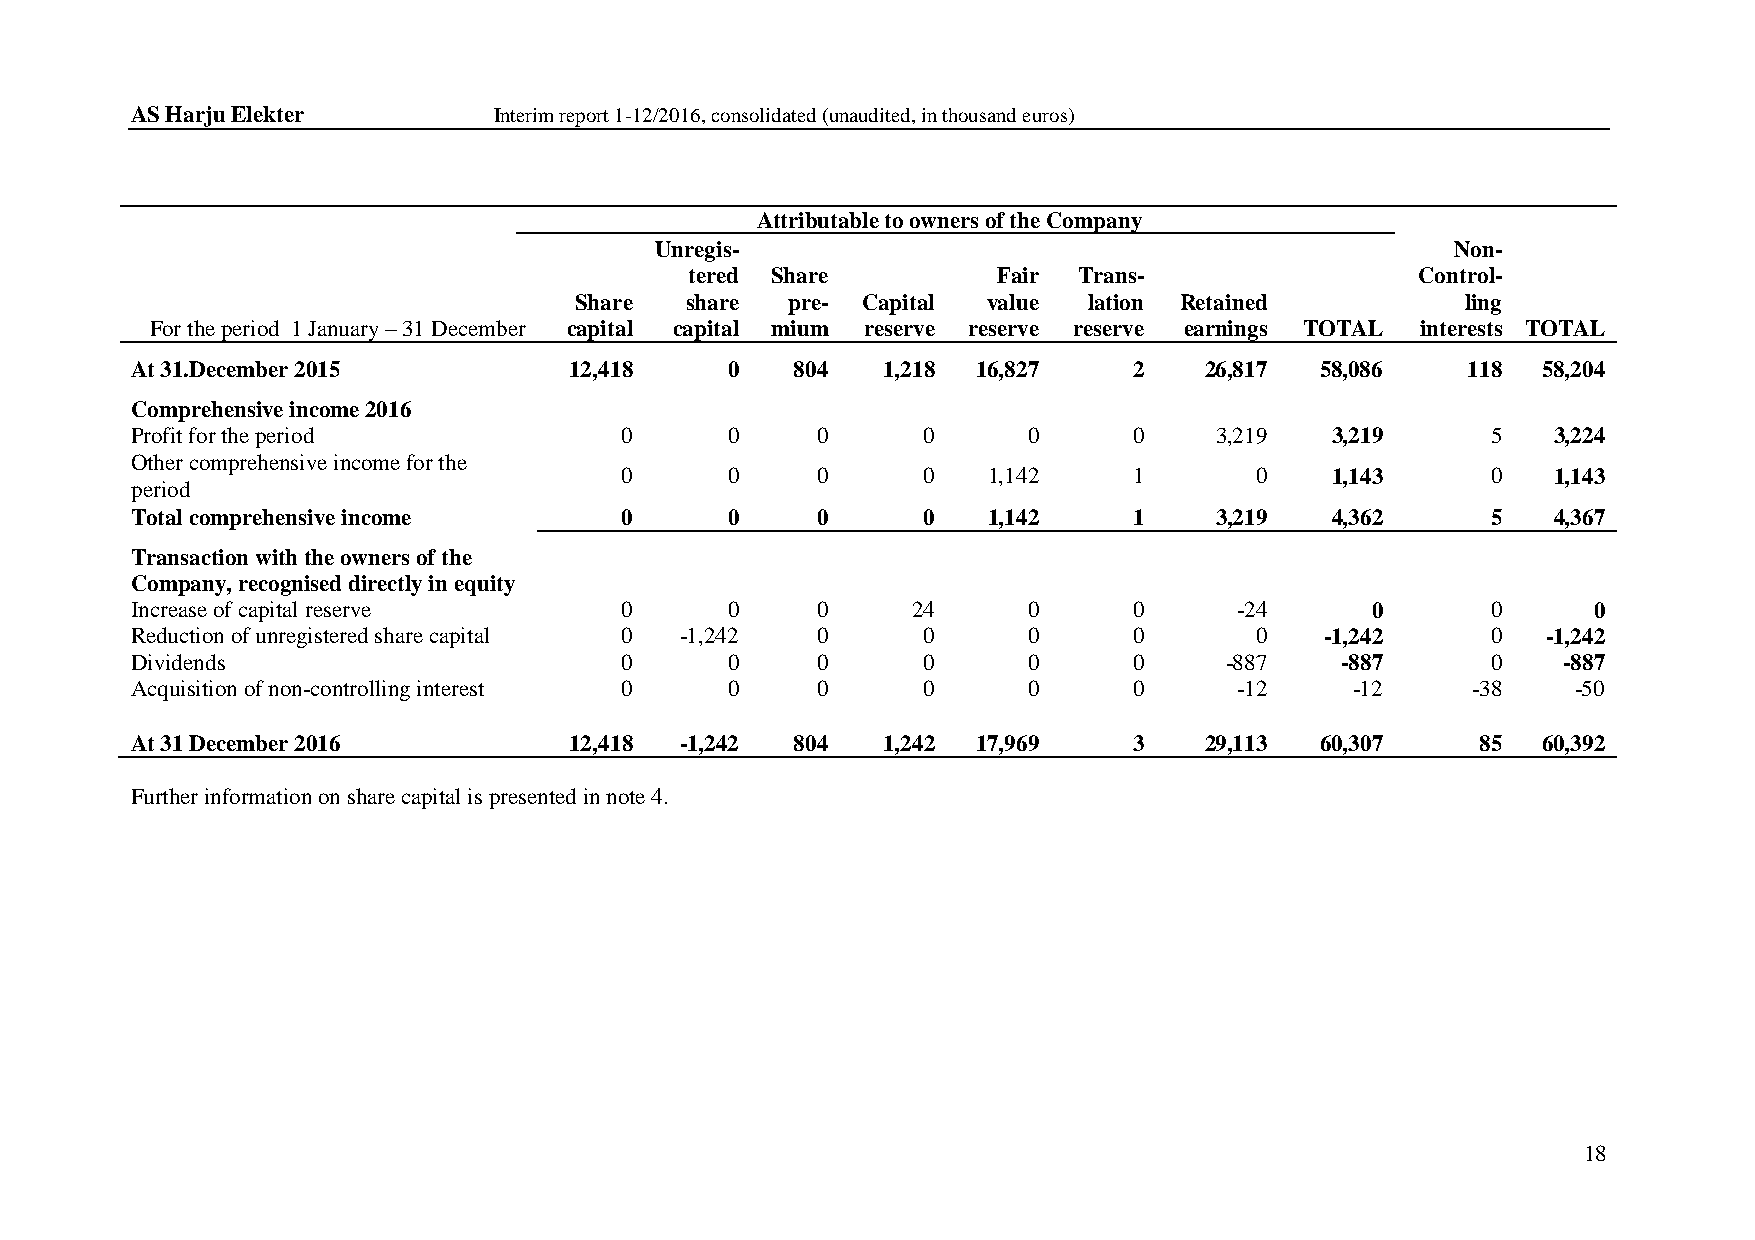
AS Harju Elekter        Interim report 1-12/2016, consolidated (unaudited, in thousand euros)
 Attributable to owners of the Company
 Unregis-                                             Non-
 tered Share         Fair Trans-                 Control-
 Share  share  pre- Capital value  lation Retained          ling
 For the period 1 January – 31 December capital capital mium reserve reserve reserve earnings TOTAL interests TOTAL
 At 31.December 2015          12,418    0    804  1,218  16,827    2    26,817 58,086    118  58,204
 Comprehensive income 2016
 Profit for the period           0      0     0      0      0      0    3,219   3,219      5   3,224
 Other comprehensive income for the
 0      0     0      0   1,142     1       0    1,143      0   1,143
 period
 Total comprehensive income      0      0     0      0   1,142     1    3,219   4,362      5   4,367
 Transaction with the owners of the
 Company, recognised directly in equity
 Increase of capital reserve     0      0     0     24      0      0      -24      0       0     0
 Reduction of unregistered share capital 0 -1,242 0  0      0      0       0    -1,242     0  -1,242
 Dividends                       0      0     0      0      0      0     -887    -887      0   -887
 Acquisition of non-controlling interest 0 0  0      0      0      0      -12     -12    -38    -50
 At 31 December 2016          12,418 -1,242  804  1,242  17,969    3    29,113 60,307     85  60,392
 Further information on share capital is presented in note 4.
 18